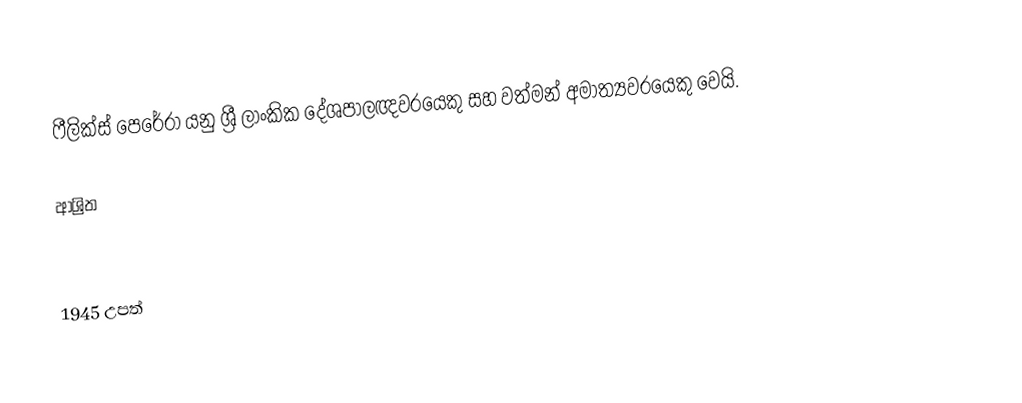
ෆීලික්ස් පෙරේරා යනු ශ්‍රී ලාංකික දේශපාලඥවරයෙකු සහ වත්මන් අමාත්‍යවරයෙකු වෙයි.

ආශ්‍රිත

1945 උපත්